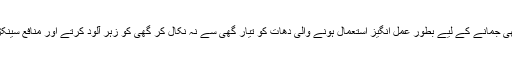
نئی گھی فیکٹریوں والے گھی جمانے کے لیے بطور عمل انگیز استعمال ہونے والی دھات کو تیار گھی سے نہ نکال کر گھی کو زہر آلود کرتے اور منافع سینکڑوں گنا زیادہ کمارہے ہیں۔